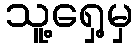
သူ့ရှေ့မှ